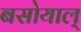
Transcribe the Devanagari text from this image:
बसोयाल्